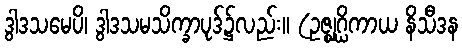
ဒွါဒသမေပိ၊ ဒွါဒသမသိက္ခာပုဒ်၌လည်း။ (ဥဇ္ဈဂ္ဃိကာယ နိသီဒန